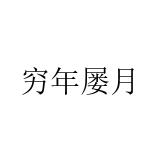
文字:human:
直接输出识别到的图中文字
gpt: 穷年屡月